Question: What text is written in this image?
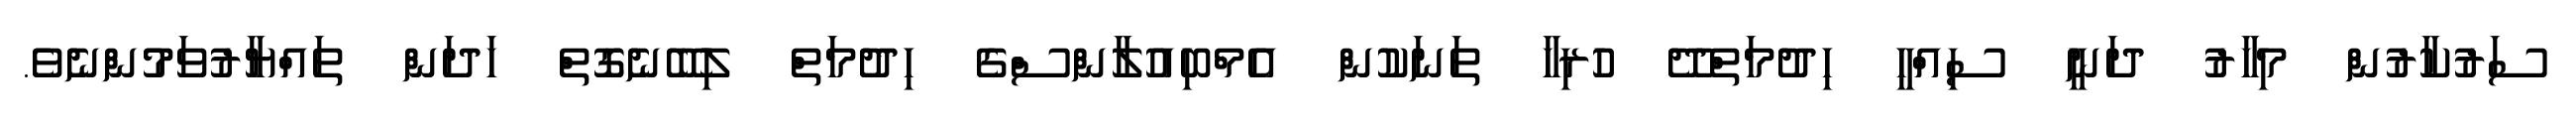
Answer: ސަރުކާރުން މިހާރު ދަނީ ސިއްހީ ހިދުމަތްދޭ ހުރިހާ ތަނަކުން އެމްބިއުލާންސްގެ ހިދުމަތް ލިބޭނެގޮތް ހަދަން ތައްޔާރުވަމުންނެވެ.